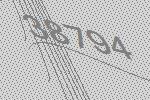
38794